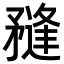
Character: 𥎌